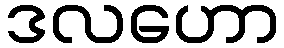
ဒလဟော